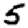
Digit: 5